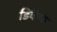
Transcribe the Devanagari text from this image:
डिकैफ